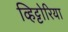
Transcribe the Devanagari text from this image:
व्हिट्टोरिया